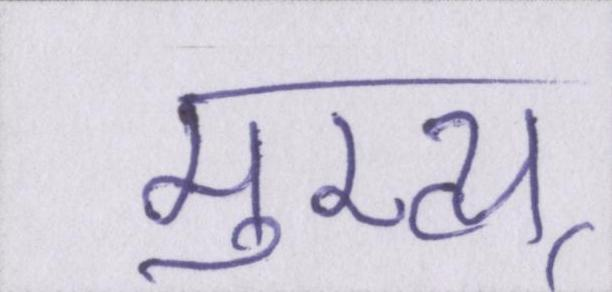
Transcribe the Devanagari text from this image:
मुख्य्